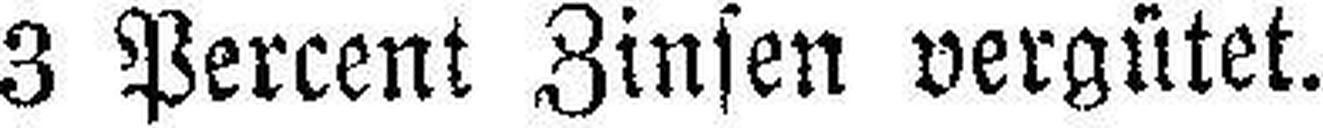
3 Percent Zinsen vergütet.